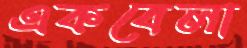
একবেলা